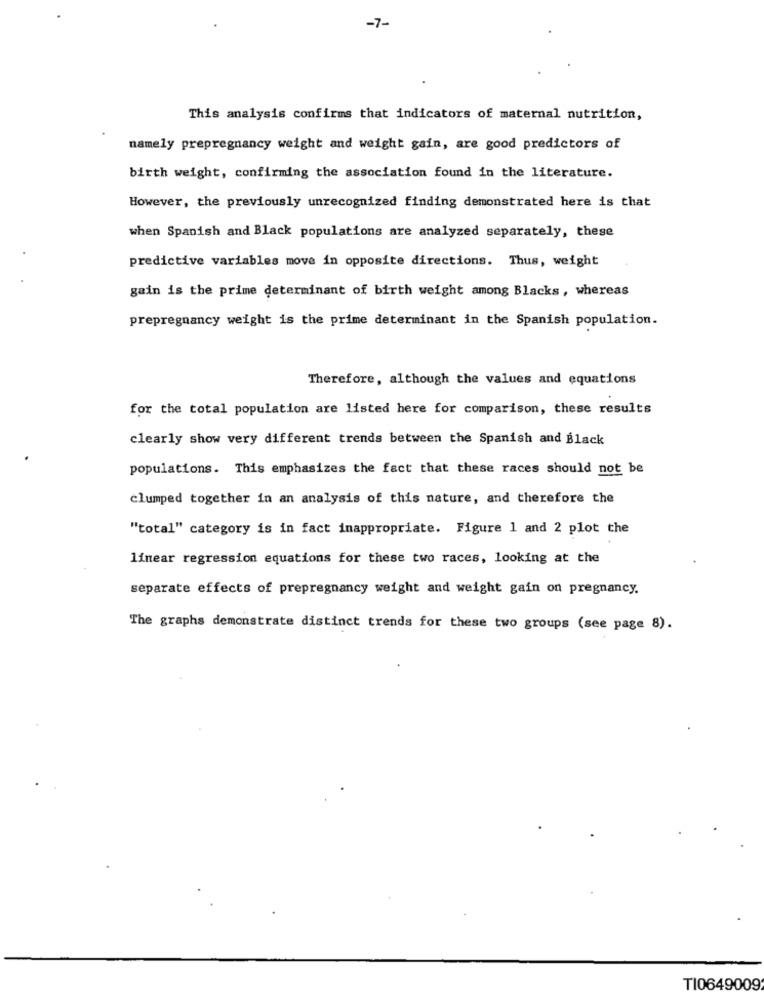
-7-
This analysis confirms that indicators of maternal nutrition,
namely prepregnancy weight and weight gain, are good predictors of
birth weight, confirming the association found in the literature.
However, the previously unrecognized finding demonstrated here is that
when Spanish and Black populations are analyzed separately, these
predictive variables move in opposite directions. Thus, weight
gain is the prime determinant of birth weight among Blacks, whereas
prepregnancy weight is the prime determinant in the Spanish population.
Therefore, although the values and equations
for the total population are listed here for comparison, these results
clearly show very different trends between the Spanish and Black
populations. This emphasizes the fact that these races should not be
clumped together in an analysis of this nature, and therefore the
"total" category is in fact inappropriate. Figure 1 and 2 plot the
linear regression equations for these two races, looking at the
separate effects of prepregnancy weight and weight gain on pregnancy.
The graphs demonstrate distinct trends for these two groups (see page 8).
T10649009